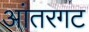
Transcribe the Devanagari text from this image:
आंतरगट